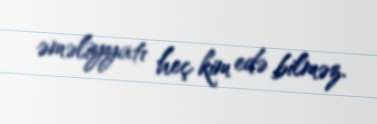
əməliyyatı heç kim edə bilməz.